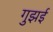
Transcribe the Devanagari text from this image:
गुझई